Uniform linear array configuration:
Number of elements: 48
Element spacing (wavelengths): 0.5
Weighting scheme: blackman
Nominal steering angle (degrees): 60
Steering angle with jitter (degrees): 59.904
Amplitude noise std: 0.05
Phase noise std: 0.05

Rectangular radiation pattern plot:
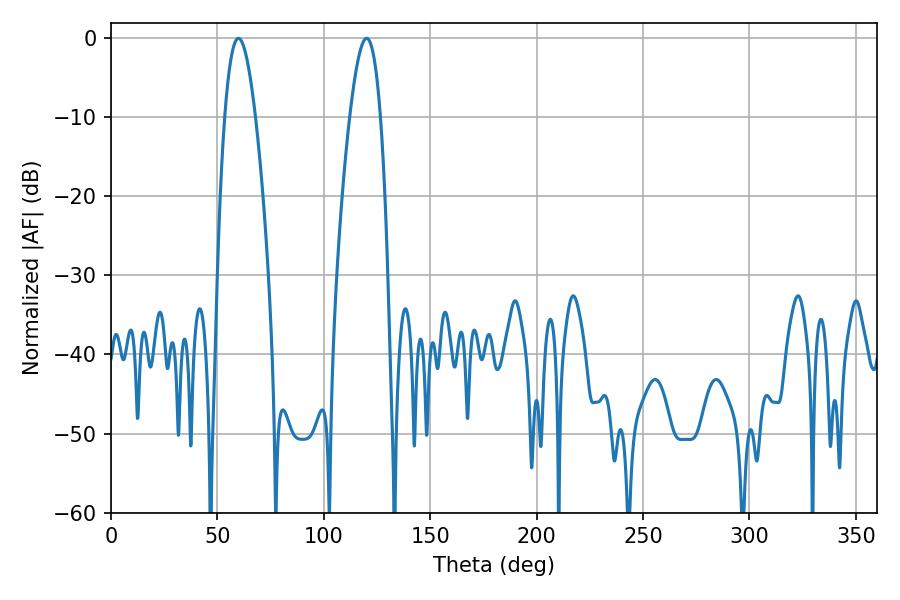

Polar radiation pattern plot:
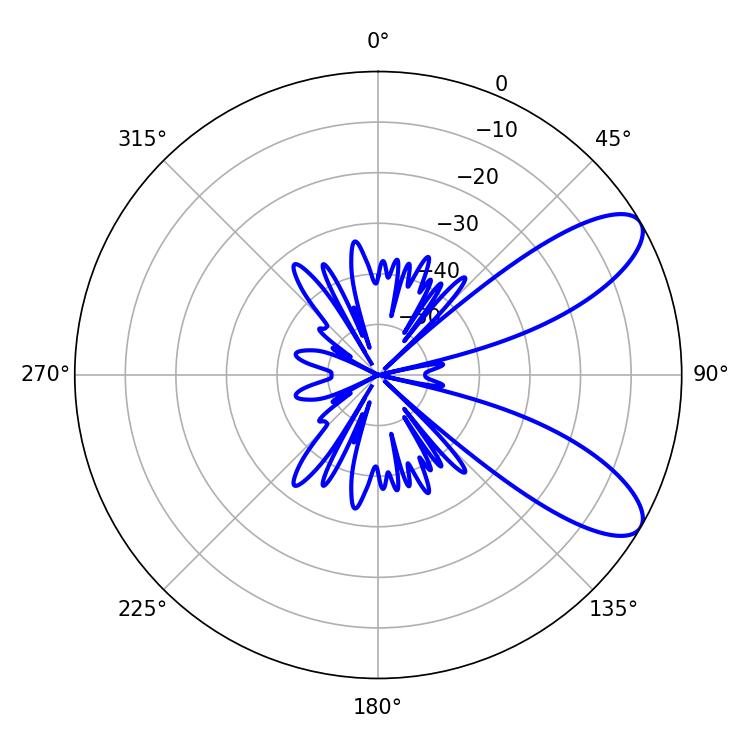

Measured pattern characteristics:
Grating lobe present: FALSE
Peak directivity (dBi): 8.903
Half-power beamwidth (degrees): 7.92
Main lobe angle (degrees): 59.94